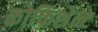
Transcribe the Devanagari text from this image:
कोफिशेन्ट